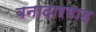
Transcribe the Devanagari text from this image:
बनादारगाह